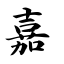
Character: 嘉